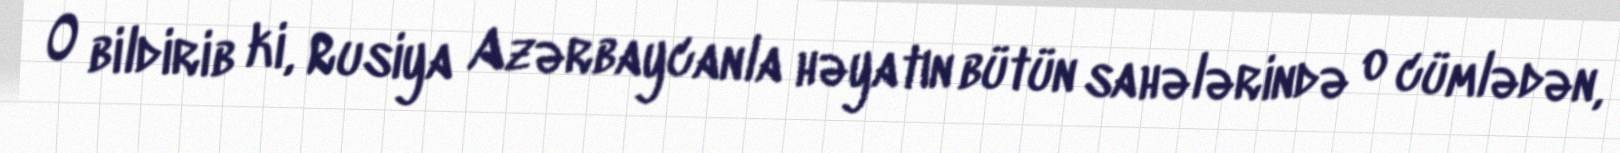
O bildirib ki, Rusiya Azərbaycanla həyatın bütün sahələrində o cümlədən,